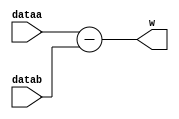
module Subtractor_7bit(dataa,datab, w);
    input [6:0] dataa, datab;
    output reg [6:0] w;

    assign w = dataa - datab;
endmodule